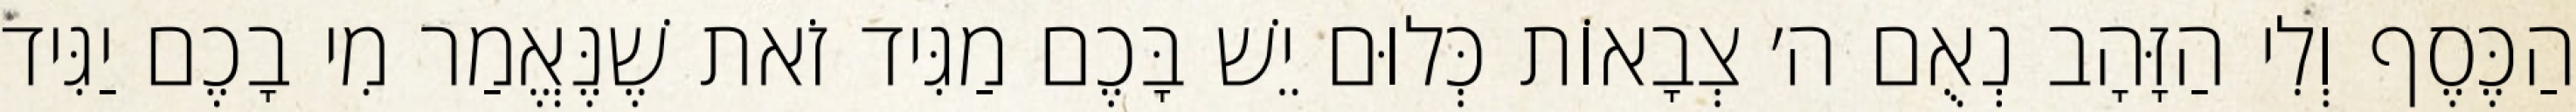
הַכֶּסֶף וְלִי הַזָּהָב נְאֻם ה׳ צְבָאוֹת כְּלוּם יֵשׁ בָּכֶם מַגִּיד זֹאת שֶׁנֶּאֱמַר מִי בָכֶם יַגִּיד